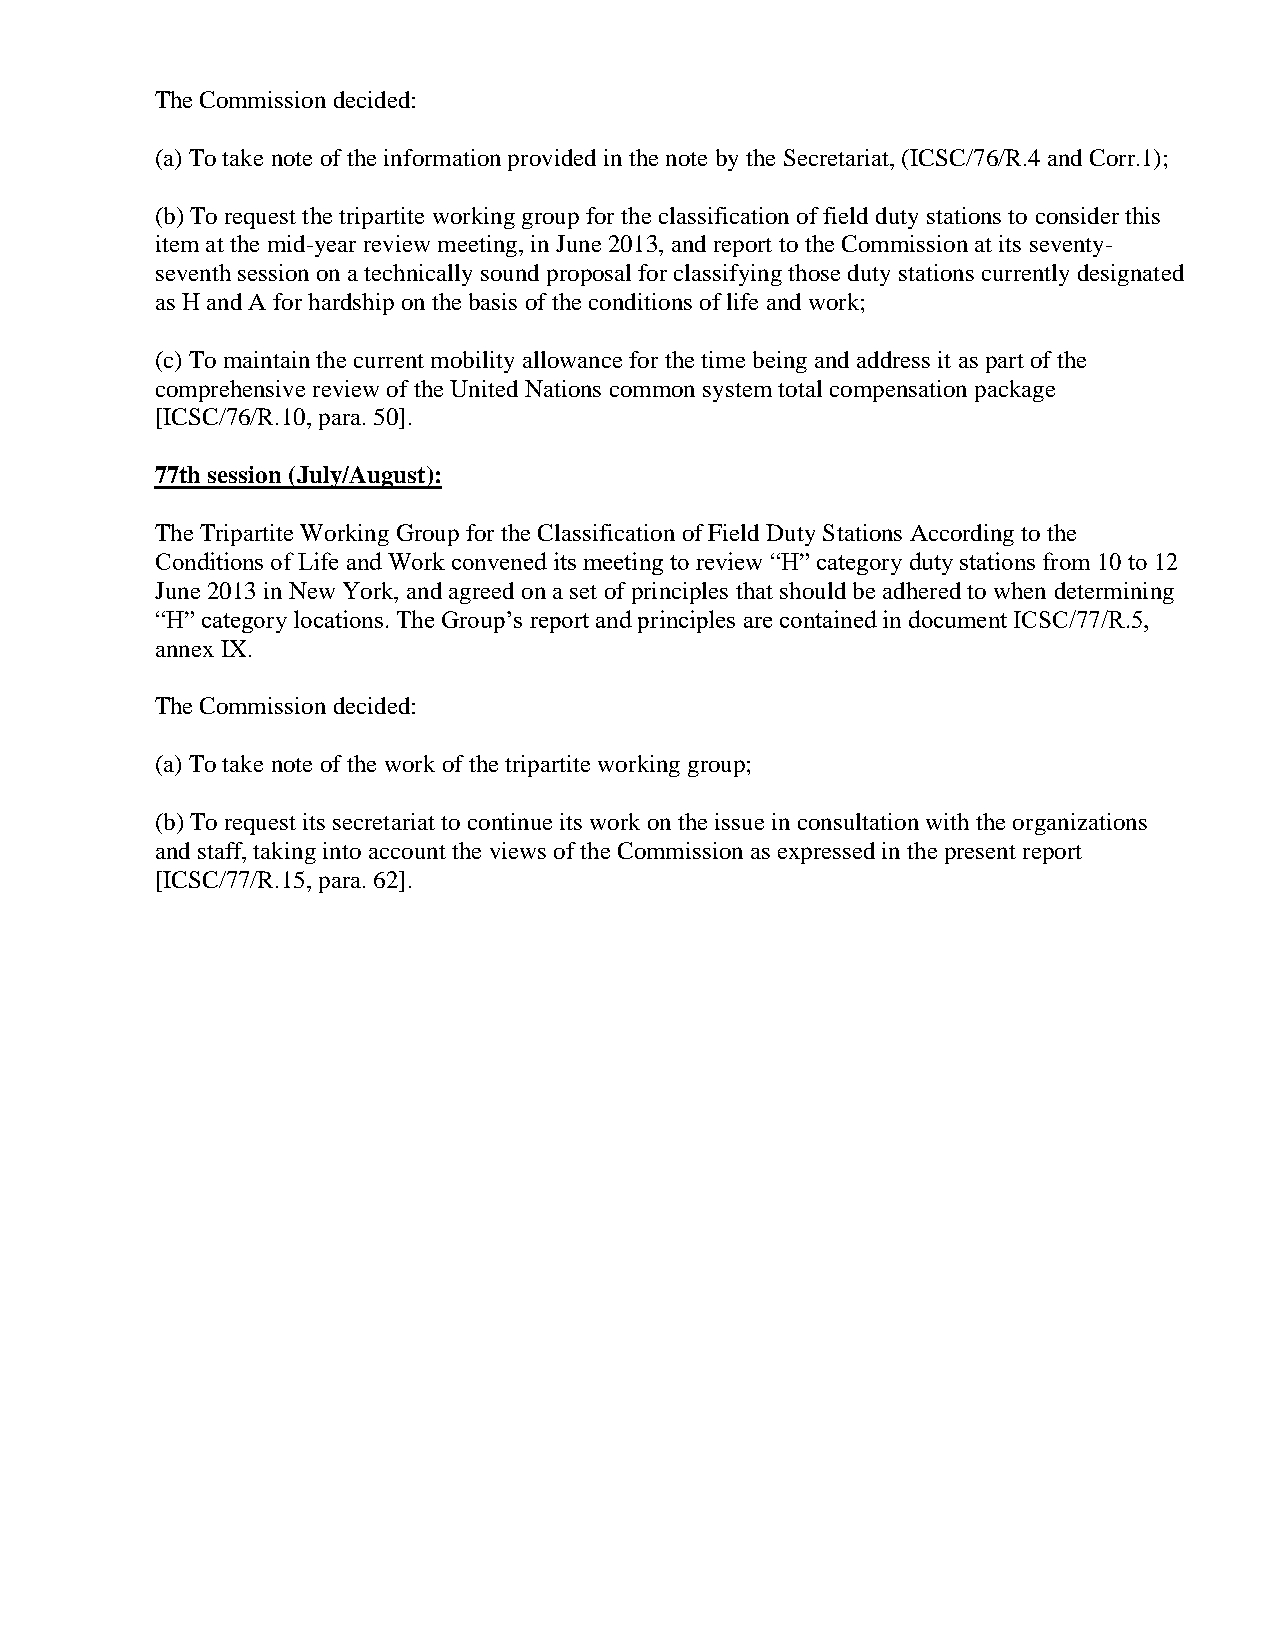
The Commission decided:
 (a) To take note of the information provided in the note by the Secretariat, (ICSC/76/R.4 and Corr.1);
 (b) To request the tripartite working group for the classification of field duty stations to consider this
 item at the mid-year review meeting, in June 2013, and report to the Commission at its seventy-
 seventh session on a technically sound proposal for classifying those duty stations currently designated
 as H and A for hardship on the basis of the conditions of life and work;
 (c) To maintain the current mobility allowance for the time being and address it as part of the
 comprehensive review of the United Nations common system total compensation package
 [ICSC/76/R.10, para. 50].
 77th session (July/August):
 The Tripartite Working Group for the Classification of Field Duty Stations According to the
 Conditions of Life and Work convened its meeting to review “H” category duty stations from 10 to 12
 June 2013 in New York, and agreed on a set of principles that should be adhered to when determining
 “H” category locations. The Group’s report and principles are contained in document ICSC/77/R.5,
 annex IX.
 The Commission decided:
 (a) To take note of the work of the tripartite working group;
 (b) To request its secretariat to continue its work on the issue in consultation with the organizations
 and staff, taking into account the views of the Commission as expressed in the present report
 [ICSC/77/R.15, para. 62].